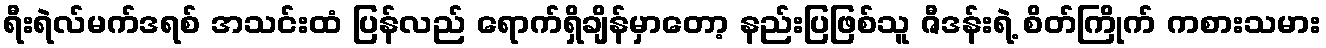
ရီးရဲလ်မက်ဒရစ် အသင်းထံ ပြန်လည် ရောက်ရှိချိန်မှာတော့ နည်းပြဖြစ်သူ ဇီဒန်းရဲ့ စိတ်ကြိုက် ကစားသမား